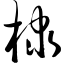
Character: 棣